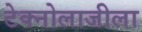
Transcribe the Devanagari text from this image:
टेक्नोलाजीला